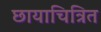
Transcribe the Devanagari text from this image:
छायाचित्रित